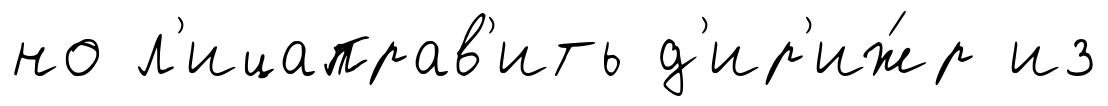
но л'ицаправ'ить д'ир'иж́р из